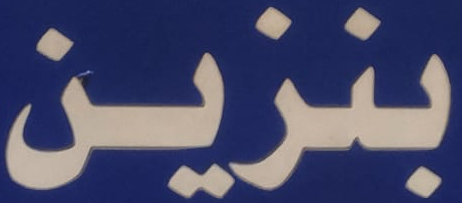
بنزين